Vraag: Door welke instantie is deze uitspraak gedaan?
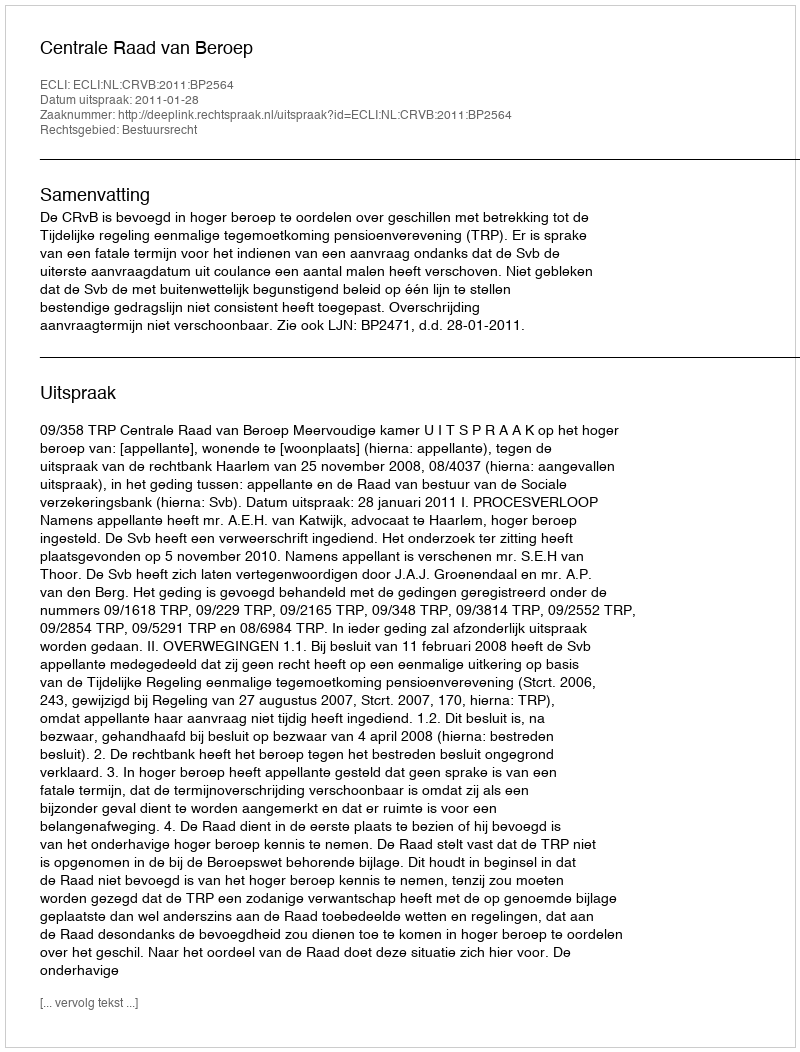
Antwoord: Centrale Raad van Beroep